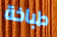
طباخة